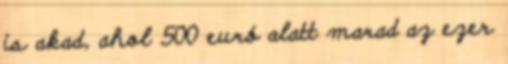
is akad, ahol 500 euró alatt marad az ezer